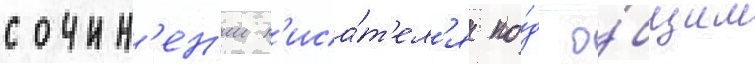
сочин'ен'ии п'иса́т'ел'я по́д о́бщим